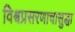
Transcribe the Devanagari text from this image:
विश्वप्रसरणाचासुद्धा